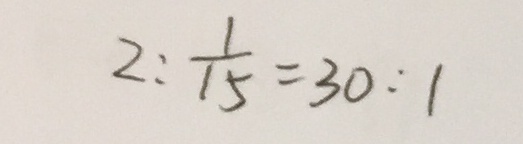
2 : \frac { 1 } { 1 5 } = 3 0 : 1